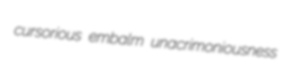
cursorious embalm unacrimoniousness